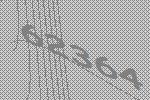
62364